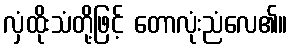
လှံထိုးသံတို့ဖြင့် တောလုံးညံလေ၏။